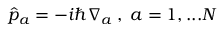
\hat { p } _ { a } = - i \hbar \nabla _ { a } \; , \; a = 1 , . . . N